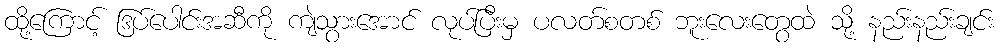
ထို့ကြောင့် ဒြပ်ပေါင်းအဆီကို ကျဲသွားအောင် လုပ်ပြီးမှ ပလတ်စတစ် ဘူးလေးတွေထဲ သို့ နည်းနည်းချင်း